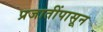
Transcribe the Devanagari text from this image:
प्रजातींपासून